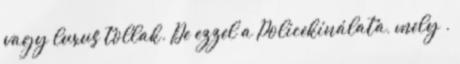
vagy luxus tollak. De ezzel a Policekínálata, mely .